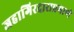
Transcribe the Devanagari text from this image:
जहागिरदाराप्रमाणे